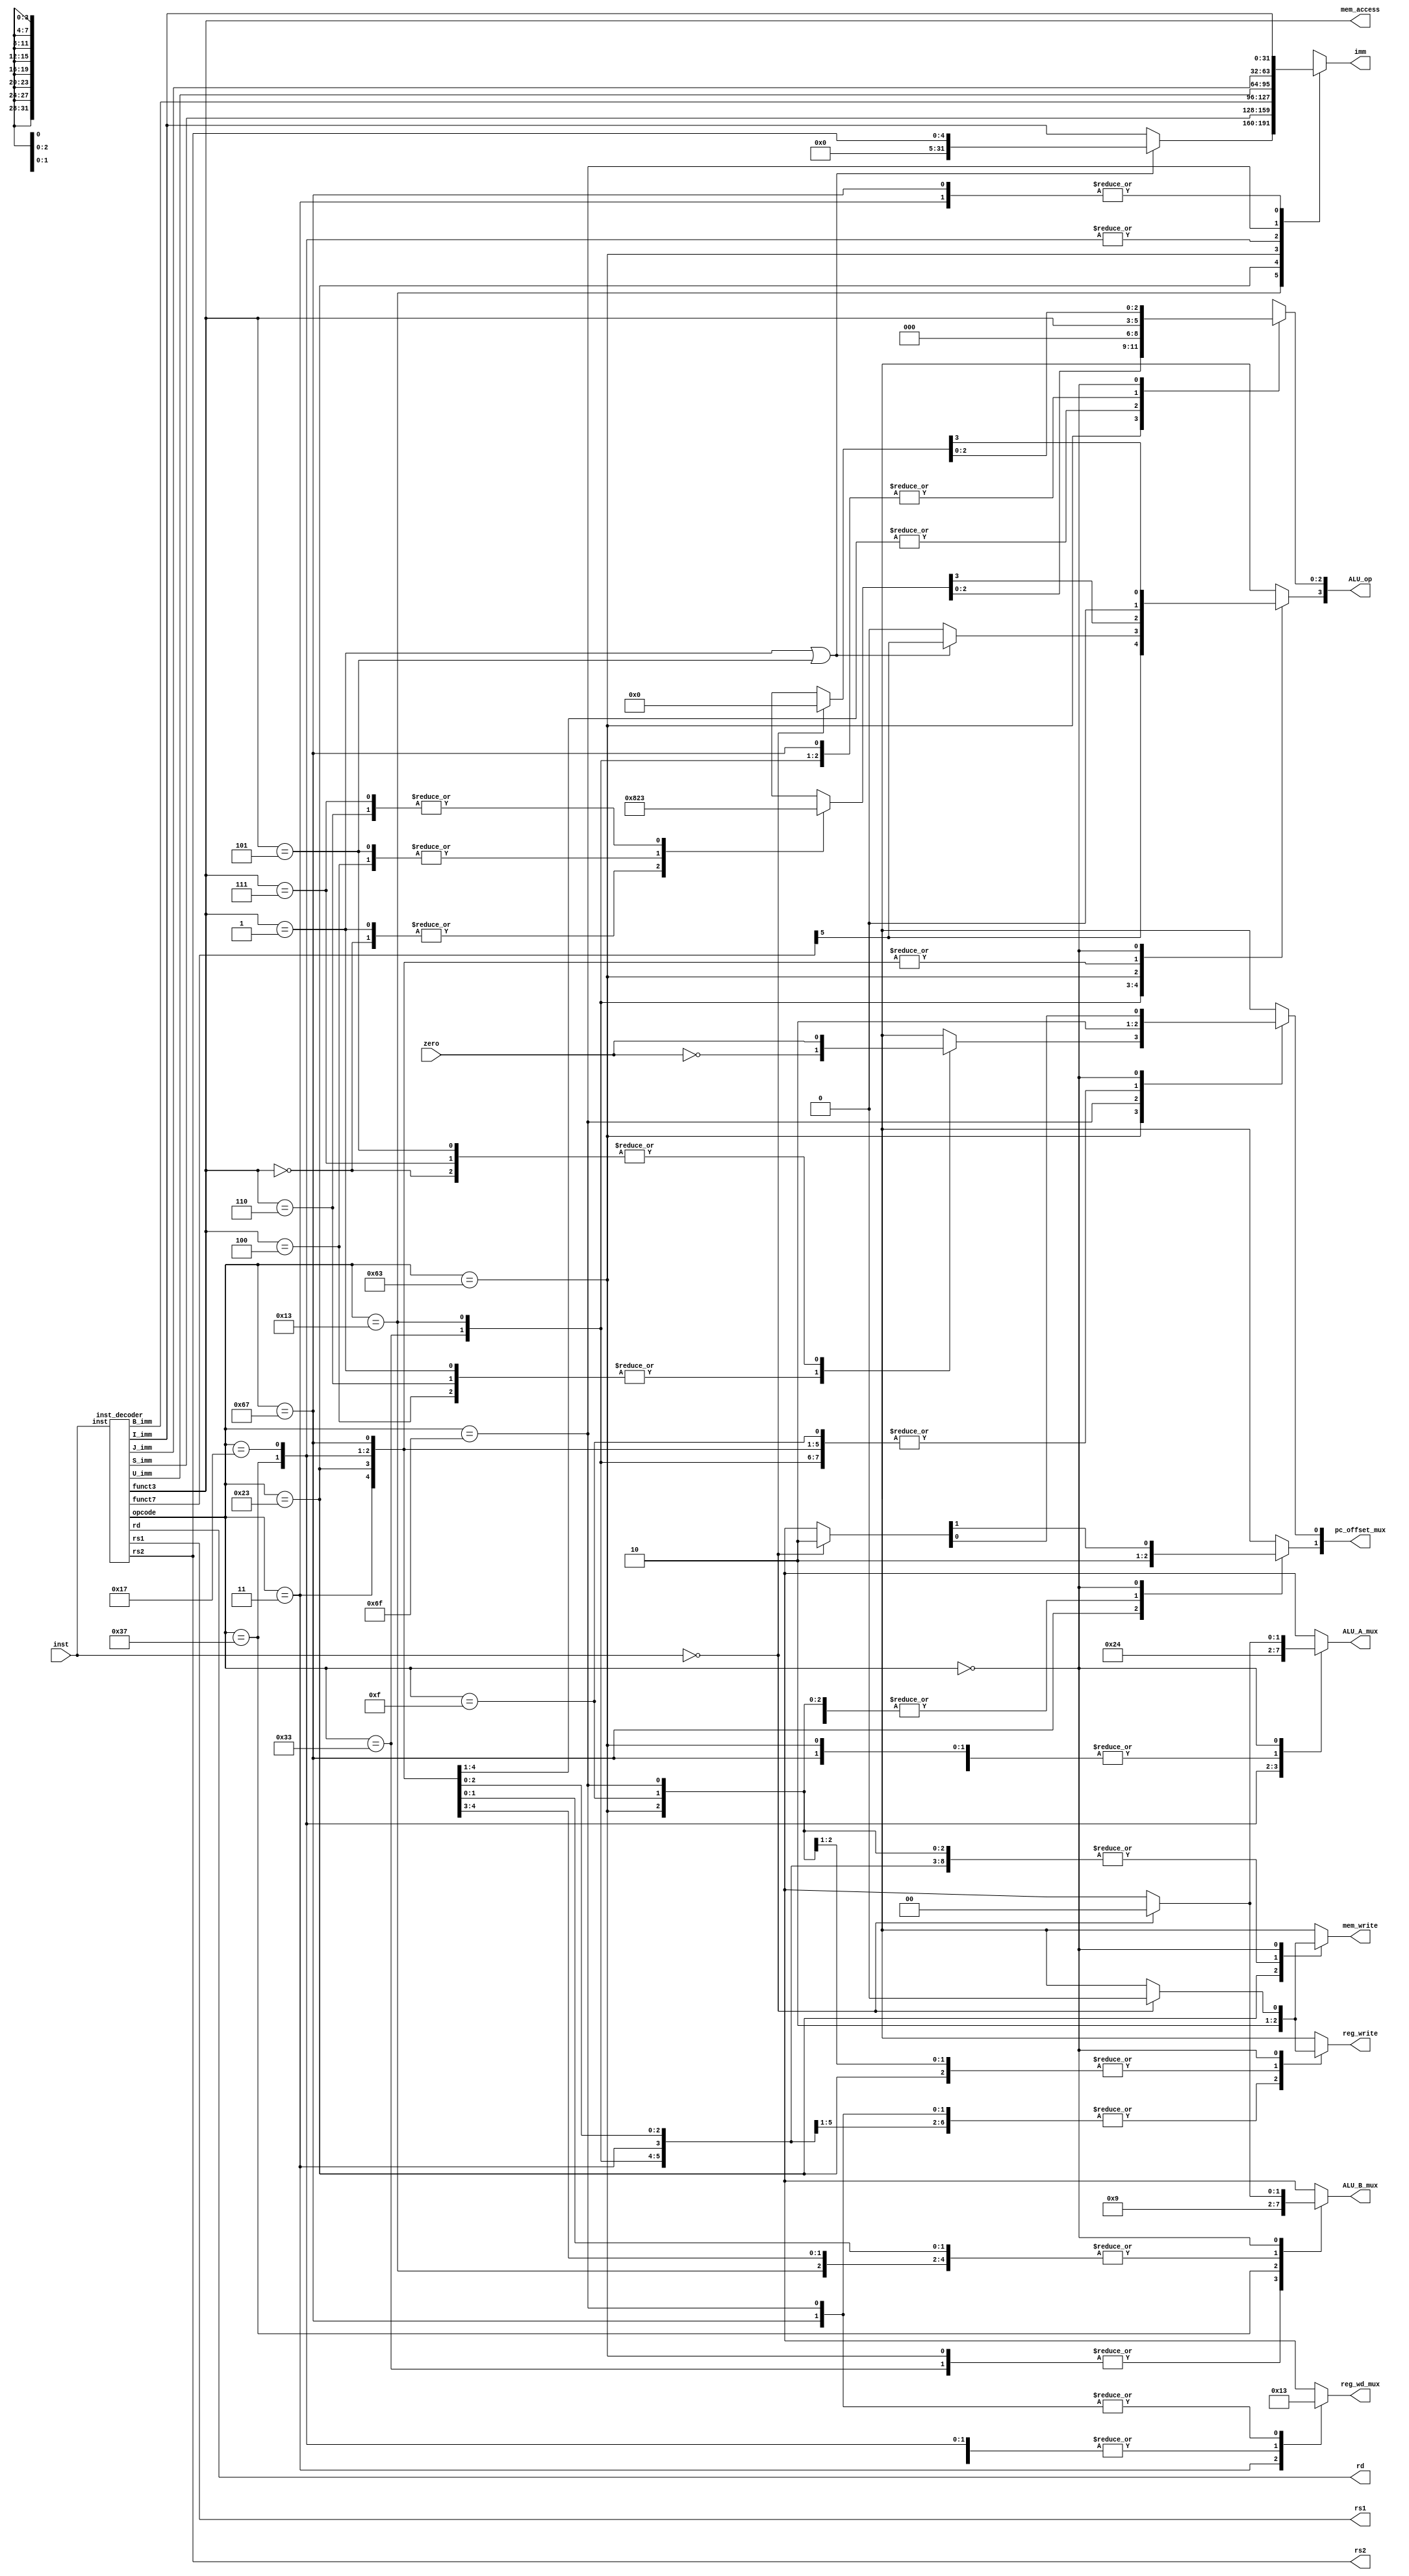
module controller (inst, zero, 
						imm,
						rs1, rs2, rd,
						reg_write, reg_wd_mux,
						ALU_op, ALU_A_mux, ALU_B_mux,
						pc_offset_mux,
						mem_write, mem_access
						);
	input [31:0] inst;
	input zero;
	output reg [31:0] imm;
	output [4:0] rs1, rs2, rd;
	output reg [3:0] ALU_op;
	output [2:0] mem_access;
	
	output reg [1:0]
						//reg_wd_mux 0 for ALU out, 1 for mem, 2 for pc + 4
						reg_wd_mux,
						
						//ALU_A_mux 0 for RD1, 1 for PC, 2 for imm
						ALU_A_mux,
	
						//ALU_B_mux 0 for RD2, 1 for imm, 2 for zero
						ALU_B_mux, 
						
						//PC_offset_mux 0 for 4, 1 for imm, 2 for ALU out, 
						pc_offset_mux;
						
	output reg 	
					reg_write, mem_write;
	
	wire [6:0] opcode, funct7;
	wire [2:0] funct3;
	wire [31:0] I_imm, S_imm, B_imm, U_imm, J_imm;
	
	inst_decoder decode(inst, opcode, rs1, rs2, rd, funct7, funct3, I_imm, S_imm, B_imm, U_imm, J_imm);
	
	assign mem_access = funct3;
	
	always @(*) begin
		case (opcode)
			//R-Types
			7'b0110011:	begin
								imm = 32'dx; // immediate value doesn't matter because we are not using it
								reg_write = 1; //writing result to reg
								reg_wd_mux = 0; //write data comes from ALU
								ALU_op[3] = funct7[5];
								ALU_op[2:0] = funct3;
								ALU_A_mux = 0; //data from RD1
								ALU_B_mux = 0; //data from RD2
								pc_offset_mux = 0; //add 4 to program counter
								mem_write = 0; //do not write to memory
							end
							
			//I-type operation instructions
			7'b0010011:	begin
								if(funct3 == 3'b001 | funct3 == 3'b101) begin
									//shift I type
									imm = rs2; //imm = shamt = rs2
									reg_write = 1; // write results to reg
									reg_wd_mux = 0; // write data from ALU
									ALU_op[3] = funct7[5]; //sets shift
									ALU_op[2:0] = funct3;
									ALU_A_mux = 0; //data from RD1
									ALU_B_mux = 1; //data from imm
									pc_offset_mux = 0; //add 4 to program counter
									mem_write = 0; //do not write to memory
								end
								else begin
									//other I type
									imm = I_imm; //i type immediate
									reg_write = 1; // write result to register
									reg_wd_mux = 0; // write data from ALU
									ALU_op[3] = 0; //set ALU op
									ALU_op[2:0] = funct3;
									ALU_A_mux = 0; // data from RD1
									ALU_B_mux = 1; //data from imm
									pc_offset_mux = 0; //add 4 to program counter
									mem_write = 0; //do not write to memory
								end
							end
							
			//I-type load instructions
			7'b0000011:	begin
								imm = I_imm;
								reg_write = 1; //write to register
								reg_wd_mux = 1; //write from memory
								ALU_op = 4'b0000; //set ALU to add
								ALU_A_mux = 0; // add RD1
								ALU_B_mux = 1; // and imm
								pc_offset_mux = 0; //add 4 to pc
								mem_write = 0; //do not write to memory
							end
			
			//S-type store instructions
			7'b0100011: begin
								imm = S_imm;
								reg_write = 0; //do not write to register
								reg_wd_mux = 2'bxx; //not writing, doesn't matter
								ALU_op = 4'b0000; //set ALU to add
								ALU_A_mux = 0; // add RD1
								ALU_B_mux = 1; // and imm
								pc_offset_mux = 0; //add 4 to pc
								mem_write = 1; //write to memory
							end
							
			//B-type instruction
			7'b1100011: begin
								imm = B_imm; //set immediate to b type
								reg_write = 0; //do not write to reg
								reg_wd_mux = 2'bxx; //does not matter what reg write data is
								mem_write = 0; // do not write to mem
								pc_offset_mux[1] = 0;
								case(funct3) //set ALU_op and pc_offset_mux
									3'b000 : begin //BEQ
													ALU_op = 4'b1000; //set SUB
													pc_offset_mux[0] = zero; //branch if zero, because they are equal
												end
									3'b001 : begin //BNE
													ALU_op = 4'b1000; //set SUB
													pc_offset_mux[0] = ~zero; // will be zero if equal, branch if not equal
												end
									3'b100 : begin //BLT
													ALU_op = 4'b0010; //set SLT
													pc_offset_mux[0] = ~zero; // if its 1 branch, if zero do not
												end
									3'b101 : begin //BGE
													ALU_op = 4'b0010; //set SLT
													pc_offset_mux[0] = zero; //if it is zero branch, because not less
												end
									3'b110 : begin //BLTU
													ALU_op = 4'b0011; //set SLTU
													pc_offset_mux[0] = ~zero; // same as BLT with different op
												end
									3'b111 : begin //BGEU
													ALU_op = 4'b0011; //set SLTU
													pc_offset_mux[0] = zero; // same as BGE with different op
												end
									default:	begin //default
													ALU_op = 4'bxxxx; 
													pc_offset_mux[0] = 1'bx;
												end
								endcase
								ALU_A_mux = 0;
								ALU_B_mux = 0;
							end
							
			//Load Upper Immediate
			7'b0110111: begin
								imm = U_imm; // U immediate
								reg_write = 1; // write to register
								reg_wd_mux = 0; // write data from ALU
								ALU_op = 4'b0000; // set ALU to ADD
								ALU_A_mux = 2; //add immediate
								ALU_B_mux = 2; // and zero
								pc_offset_mux = 0; // add 4 to prog counter
								mem_write = 0; // do not write to memory
							end
							
			//Add Upper Immediate Program Counter
			7'b0010111:	begin
								imm = U_imm; // U immediate
								reg_write = 1; //write to register
								reg_wd_mux = 0; //write from ALU
								ALU_op = 4'b0000; // set ALU to ADD
								ALU_A_mux = 1; //PC
								ALU_B_mux = 1;	// and immediate
								pc_offset_mux = 0; //add 4 to program counter
								mem_write = 0; //do not write to memory
							end
							
			//Jump and Link
			7'b1101111:	begin
								imm = J_imm; // J immediate
								reg_write = 1;	//write to reg
								reg_wd_mux = 3; //write pc + 4
								ALU_op = 4'bxxxx;// set ALU to anything, it doesn't matter
								ALU_A_mux = 2'bx;
								ALU_B_mux = 2'bx;
								pc_offset_mux = 1; //jump by immediate value
								mem_write = 0; //do not write to memory
							end
							
			//Jump and Link register
			7'b1100111:	begin
								imm = I_imm;
								//write to reg pc + 4
								reg_write = 1; // write to reg
								reg_wd_mux = 3; // pc + 4;
								ALU_op[3] = 0; // set ALU to ADD
								ALU_op[2:0] = funct3; // set from instr
								ALU_A_mux = 0; // add rs1
								ALU_B_mux = 1; // and imm
								pc_offset_mux = 2; //jump by ALU value
								mem_write = 0; // do not write to memory
							end

							
			//FENCE instruction
			7'b0001111: begin
								//this implementation treats FENCE as a NOP
								imm = 32'hx;
								reg_write = 0; //do not write to reg
								reg_wd_mux = 2'hx; //does not matter what write data or ALU does
								ALU_op = 4'hx;
								ALU_A_mux = 2'hx;
								ALU_B_mux = 2'hx;
								pc_offset_mux = 0; //add 4 to program counter
								mem_write = 0; //do not write to mem
							end
							
			7'b0000000:	begin		
								imm = 32'hx;
								reg_write = 1'hx;
								reg_wd_mux = 2'hx;
								ALU_op = 4'hx;
								ALU_A_mux = 2'hx;
								ALU_B_mux = 2'hx;
								pc_offset_mux = 2'hx;
								mem_write = 1'hx;
								//if the instruction is all 0 interpret it it as a stop
								if(inst == 0) begin
									imm = 32'hx;
									reg_write = 0;
									reg_wd_mux = 2'hx;
									ALU_op = 0; // add
									ALU_A_mux = 0; // rs1 (will be x0 since inst = 0
									ALU_B_mux = 0;	// rs2 (also x0 for same reason)
									pc_offset_mux = 2; //jump by ALU value (0). Program will not advance.
									mem_write = 0;
								end
							end
							
			default:		begin					
								//it does not matter what anything is because it is not a supported instruction
								imm = 32'hx;
								reg_write = 1'hx;
								reg_wd_mux = 2'hx;
								ALU_op = 4'hx;
								ALU_A_mux = 2'hx;
								ALU_B_mux = 2'hx;
								pc_offset_mux = 2'hx;
								mem_write = 1'hx;
							end
		endcase
	end
endmodule
	
//gets immediates and all fields from an instruction
module inst_decoder(inst, opcode, 
						rs1, rs2, rd, funct7, funct3, 
						I_imm, S_imm, B_imm, U_imm, J_imm);
	input [31:0] inst;
	output [6:0] opcode, funct7;
	output [4:0] rs1, rs2, rd;
	output [2:0] funct3;
	output reg [31:0] I_imm, S_imm, B_imm, U_imm, J_imm;
	
	reg[31:0] S_inb, B_inb, J_inb;
	
	assign opcode = inst[6:0];
	assign rs1 = inst[19:15];
	assign rs2 = inst[24:20];
	assign rd = inst[11:7];
	assign funct7 = inst[31:25];
	assign funct3 = inst[14:12];	
	
	always @(inst) begin
		I_imm = inst >>> 20;
		
		S_inb[31:25] = inst[31:25];
		S_inb[24:20] = inst[11:7];
		S_imm = S_inb >>> 20;
		
		B_inb[31] = inst[31];
		B_inb[30] = inst[7];
		B_inb[29:24] = inst[30:25];
		B_inb[23:20] = inst[11:8];
		B_imm = B_inb >>> 19;
		
		U_imm[31:12] = inst[31:12];
		U_imm[11:0] = 0;
		
		J_inb[31] = inst[31];
		J_inb[30:23] = inst[19:12];
		J_inb[22] = inst[20];
		J_inb[21:16] = inst[30:25];
		J_inb[15:12] = inst[24:21];
		J_imm = J_inb >>> 11;
		
	end			
						
endmodule